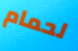
لحمام